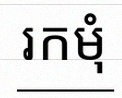
រកមុំ